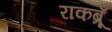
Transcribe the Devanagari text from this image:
राकब्रूँ